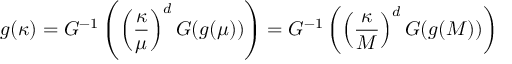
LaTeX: g ( \kappa ) = G ^ { - 1 } \left( \left( { \frac { \kappa } { \mu } } \right) ^ { d } G ( g ( \mu ) ) \right) = G ^ { - 1 } \left( \left( { \frac { \kappa } { M } } \right) ^ { d } G ( g ( M ) ) \right)